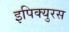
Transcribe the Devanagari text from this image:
इपिक्युरस